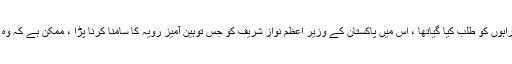
پچھلے دنوں ریاض میں صدر ٹرمپ کا دربار سجا کراس میں پچاس مسلم ممالک کے سربراہوں کو طلب کیا گیاتھا ، اس میں پاکستان کے وزیر اعظم نواز شریف کو جس توہین آمیز رویہ کا سامنا کرنا پڑا ، ممکن ہے کہ وہ خود شرمندہ نہ ہوئے ہوں لیکن پاکستان کے خود دار عوام سخت افسردہ ضرور ہوئے تھے۔